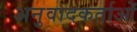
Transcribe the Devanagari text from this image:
अनुवादकर्ताओं